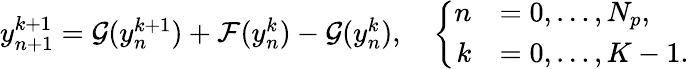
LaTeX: \begin{array}{r}{{y}_{n+1}^{k+1}={\mathcal{G}}({{y}_{n}^{k+1}})+{\mathcal{F}}({{y}_{n}^{k}})-{\mathcal{G}}({{y}_{n}^{k}}),\quad\left\{ \begin{array}{rl}{n}&{=0,\ldots,{N_{p}},}\\ {k}&{=0,\ldots,K-1.}\end{array}\right.}\end{array}